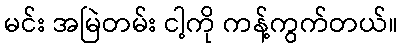
မင်း အမြဲတမ်း ငါ့ကို ကန့်ကွက်တယ်။